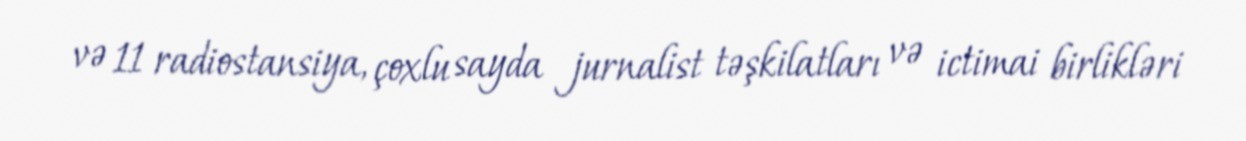
və 11 radiostansiya, çoxlu sayda jurnalist təşkilatları və ictimai birlikləri